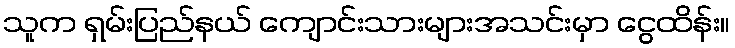
သူက ရှမ်းပြည်နယ် ကျောင်းသားများအသင်းမှာ ငွေထိန်း။